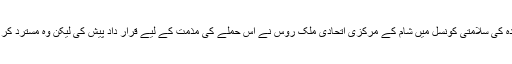
اقوام متحدہ کی سلامتی کونسل میں شام کے مرکزی اتحادی ملک روس نے اس حملے کی مذمت کے لیے قرار داد پیش کی لیکن وہ مسترد کر دی گئی۔